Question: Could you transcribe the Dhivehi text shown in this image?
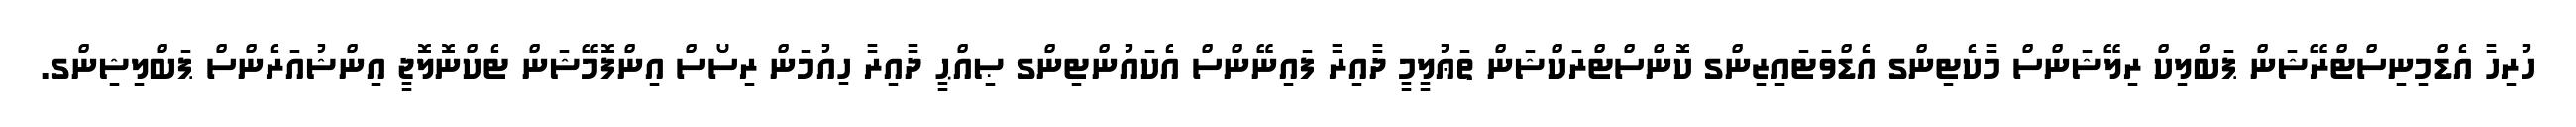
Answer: ހުރިހާ އެޑްމިނިސްޓްރޭޝަން ޕަބްލިކް ރިލޭޝަންސް މާކެޓިންގ އެޑްވަޓައިޒިންގ ކޮންސްޓްރަކްޝަން ތަޢުލީމީ ދާއިރާ ފައިނޭންސް އެކައުންޓިންގ ޞިއްޙީ ދާއިރާ ހިއުމަން ރިސޯސް އިންފޮމޭޝަން ޓެކްނޮލޮޖީ އިންޝުއަރެންސް ޕަބްލިޝިންގ.